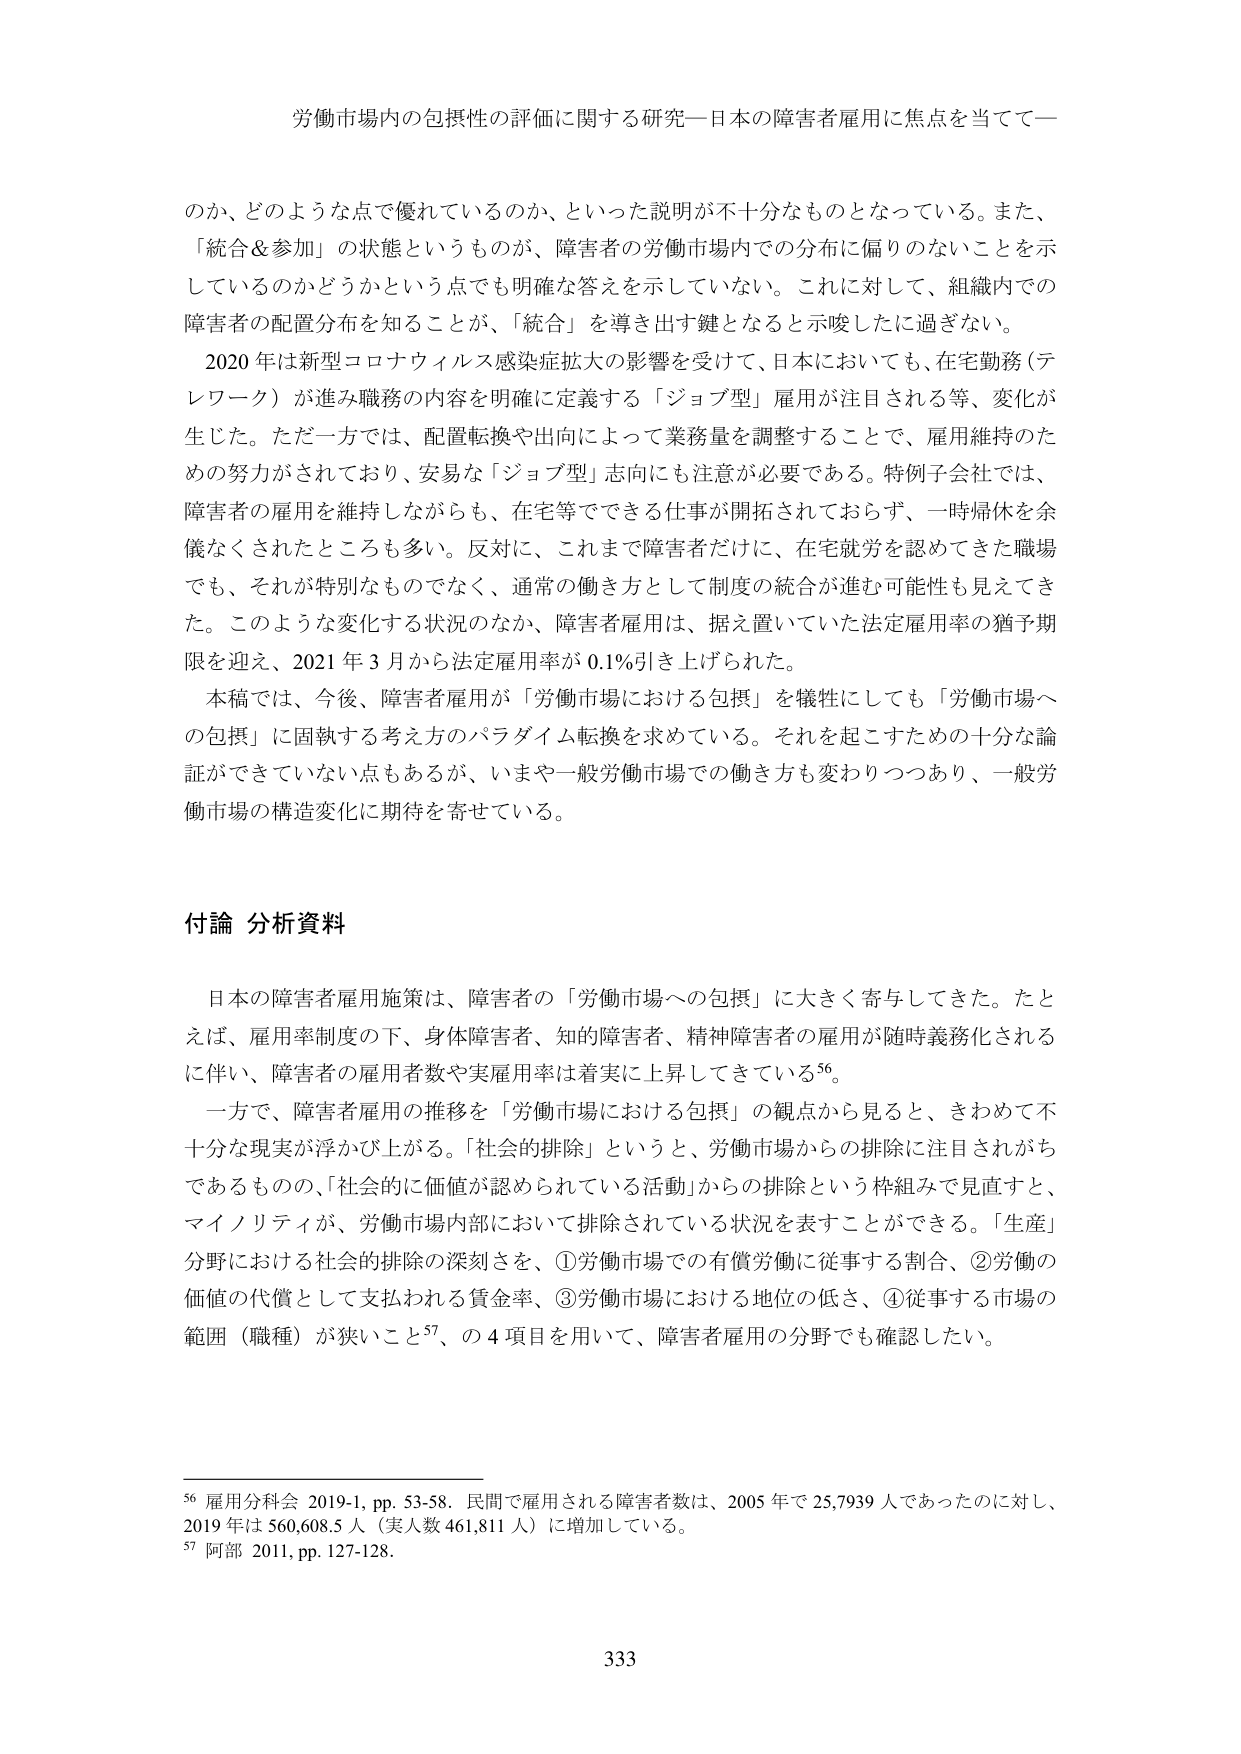
労働市場内の包摂性の評価に関する研究―日本の障害者雇用に焦点を当てて―

のか、どのような点で優れているのか、といった説明が不十分なものとなっている。また、「統合＆参加」の状態というものが、障害者の労働市場内での分布に偏りのないことを示しているのかどうかという点でも明確な答えを示していない。これに対して、組織内での障害者の配置分布を知ることが、「統合」を導き出す鍵となると示唆したに過ぎない。

2020年は新型コロナウイルス感染症拡大の影響を受けて、日本においても、在宅勤務（テレワーク）が進み職務の内容を明確に定義する「ジョブ型」雇用が注目される等、変化が生じた。ただ一方では、配置転換や出向によって業務量を調整することで、雇用維持のための努力がされており、安易な「ジョブ型」志向にも注意が必要である。特例子会社では、障害者の雇用を維持しながらも、在宅等でできる仕事が開拓されておらず、一時帰休を余儀なくされたところも多い。反対に、これまで障害者だけに、在宅就労を認めてきた職場でも、それが特別なものでなく、通常の働き方として制度の統合が進む可能性も見えてきた。このような変化する状況のなか、障害者雇用は、据え置いていた法定雇用率の猶予期限を迎え、2021年3月から法定雇用率が0.1％引き上げられた。

本稿では、今後、障害者雇用が「労働市場における包摂」を犠牲にしても「労働市場への包摂」に固執する考え方のパラダイム転換を求めている。それを起こすための十分な論証ができていない点もあるが、いまや一般労働市場での働き方も変わりつつあり、一般労働市場の構造変化に期待を寄せている。

付論 分析資料

日本の障害者雇用施策は、障害者の「労働市場への包摂」に大きく寄与してきた。たとえば、雇用率制度の下、身体障害者、知的障害者、精神障害者の雇用が随時義務化されるに伴い、障害者の雇用者数や実雇用率は着実に上昇してきている56。

一方で、障害者雇用の推移を「労働市場における包摂」の観点から見ると、きわめて不十分な現実が浮かび上がる。「社会的排除」というと、労働市場からの排除に注目されがちであるものの、「社会的に価値が認められている活動」からの排除という枠組みで見直すと、マイノリティが、労働市場内部において排除されている状況を表すことができる。「生産」分野における社会的排除の深刻さを、①労働市場での有償労働に従事する割合、②労働の価値の代償として支払われる賃金率、③労働市場における地位の低さ、④従事する市場の範囲（職種）が狭いこと57、の4項目を用いて、障害者雇用の分野でも確認したい。

56 雇用分科会 2019-1, pp. 53-58. 民間で雇用される障害者数は、2005年で25,7939人であったのに対し、2019年は560,608.5人（実人数461,811人）に増加している。
57 阿部 2011, pp. 127-128.

333